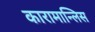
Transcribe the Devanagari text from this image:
कारामान्लिस